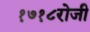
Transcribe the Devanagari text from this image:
१७१८रोजी